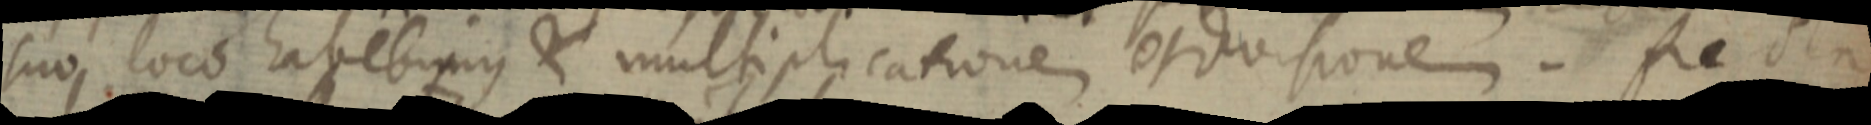
suo loco habebimus & multiplicatione et divisione. Recta